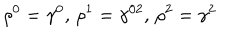
LaTeX: \rho ^ { 0 } = \gamma ^ { 0 } , \, \rho ^ { 1 } = \gamma ^ { 0 2 } , \, \rho ^ { 2 } = \gamma ^ { 2 }